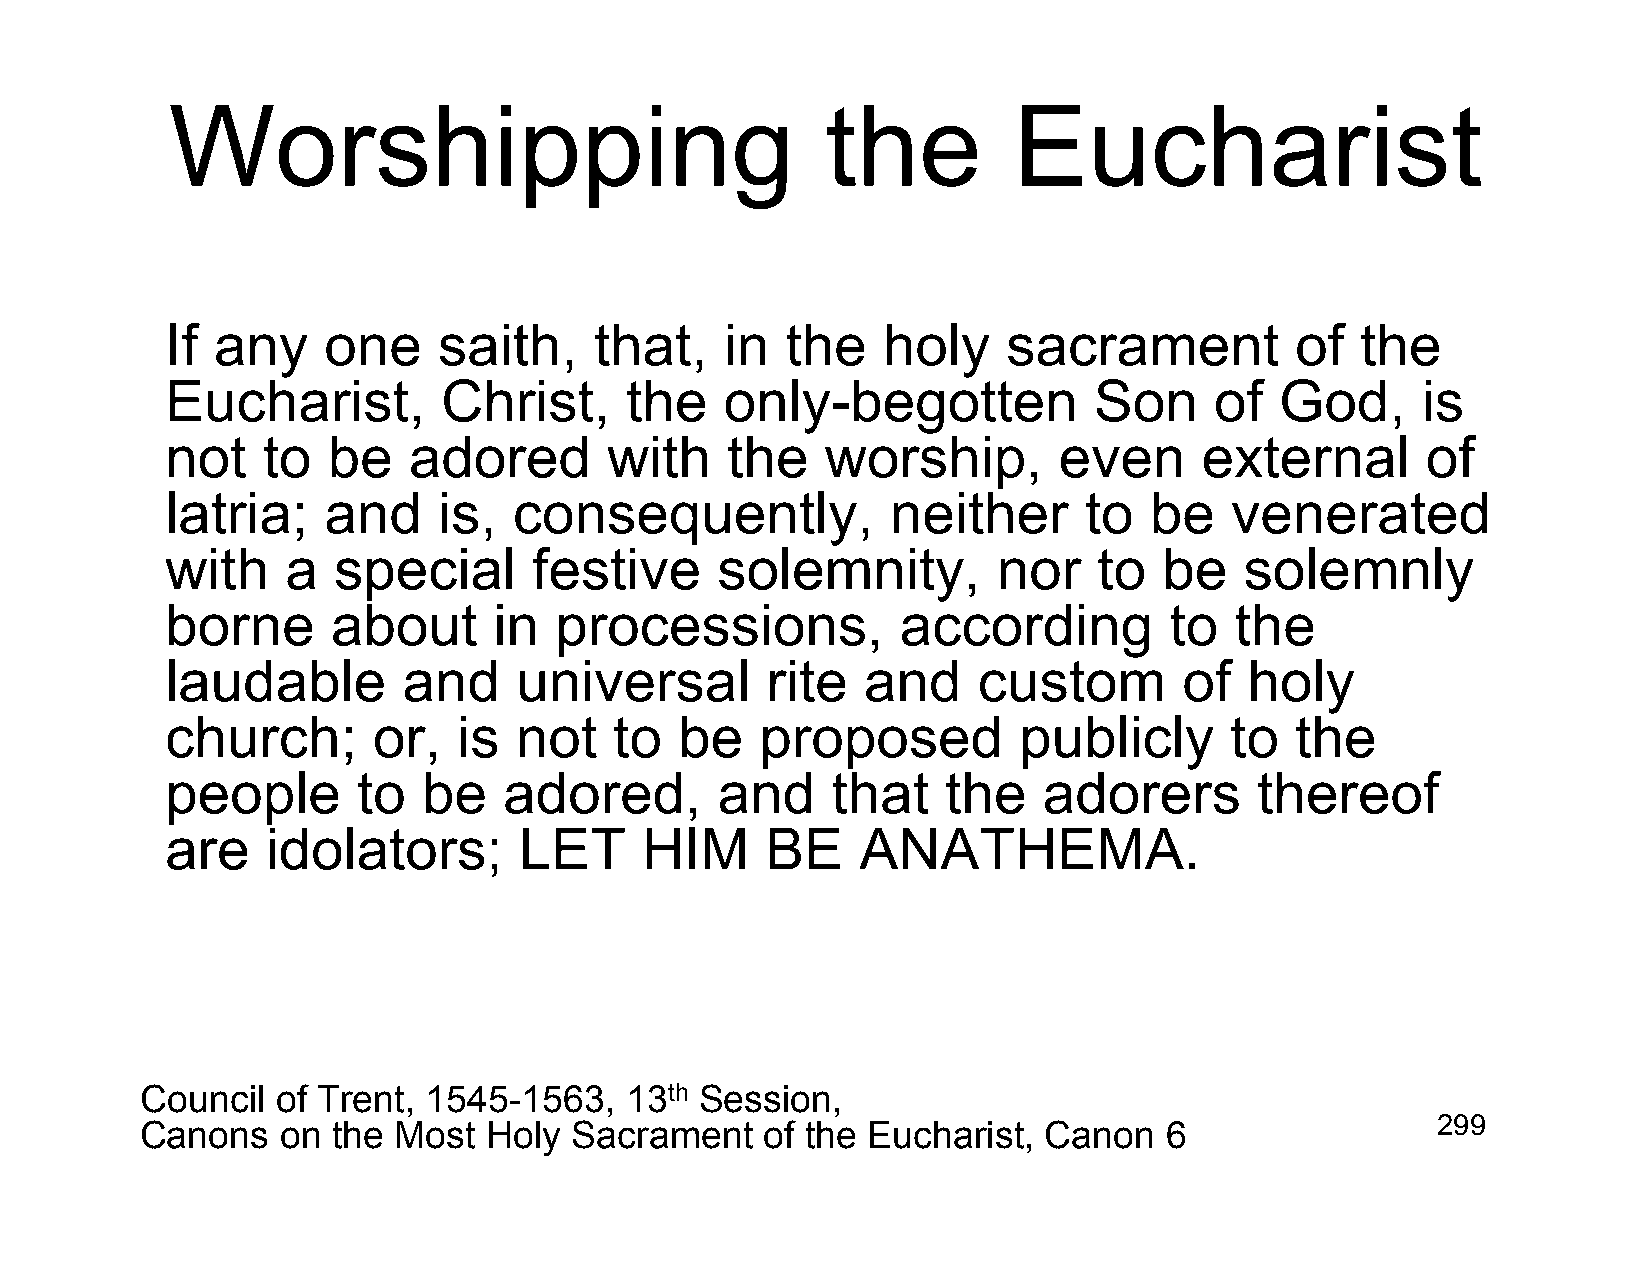
Worshipping                                 the         Eucharist
 If any    one     saith,    that,    in  the   holy     sacrament          of  the
 Eucharist,        Christ,     the    only-begotten           Son     of   God,     is
 not   to   be   adored       with    the    worship,       even      external      of
 latria;   and     is,  consequently,            neither      to  be   venerated
 with    a  special      festive     solemnity,         nor    to  be   solemnly
 borne      about      in  processions,           according        to   the
 laudable        and    universal        rite  and     custom       of   holy
 church;       or,  is  not    to  be   proposed         publicly      to   the
 people       to  be   adored,       and     that    the   adorers       thereof
 are    idolators;      LET     HIM      BE    ANATHEMA.
 Council  of Trent, 1545-1563,   13th Session,
 Canons    on the Most  Holy  Sacrament    of the Eucharist, Canon   6                 299